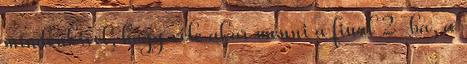
mindenkivel, hogy vele akar menni a final 2-ba, a